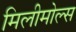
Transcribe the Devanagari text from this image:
मिलीमोल्स